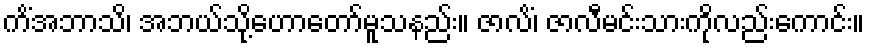
ကိံအဘာသိ၊ အဘယ်သို့ဟောတော်မူသနည်း။ ဇာလိံ၊ ဇာလီမင်းသားကိုလည်းကောင်း။